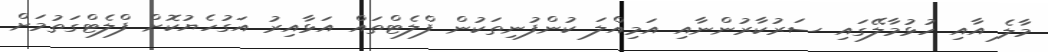
މާލެ އާއި ހުޅުމާލޭގައި ސަރުކާރުންނާއި އަމިއްލަ ކުންފުނިތަކުން ފްލެޓްތައް އަޅާއިރު އަގުހެޔުކޮށް ފްލެޓްގަތުމަށް